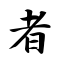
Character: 者